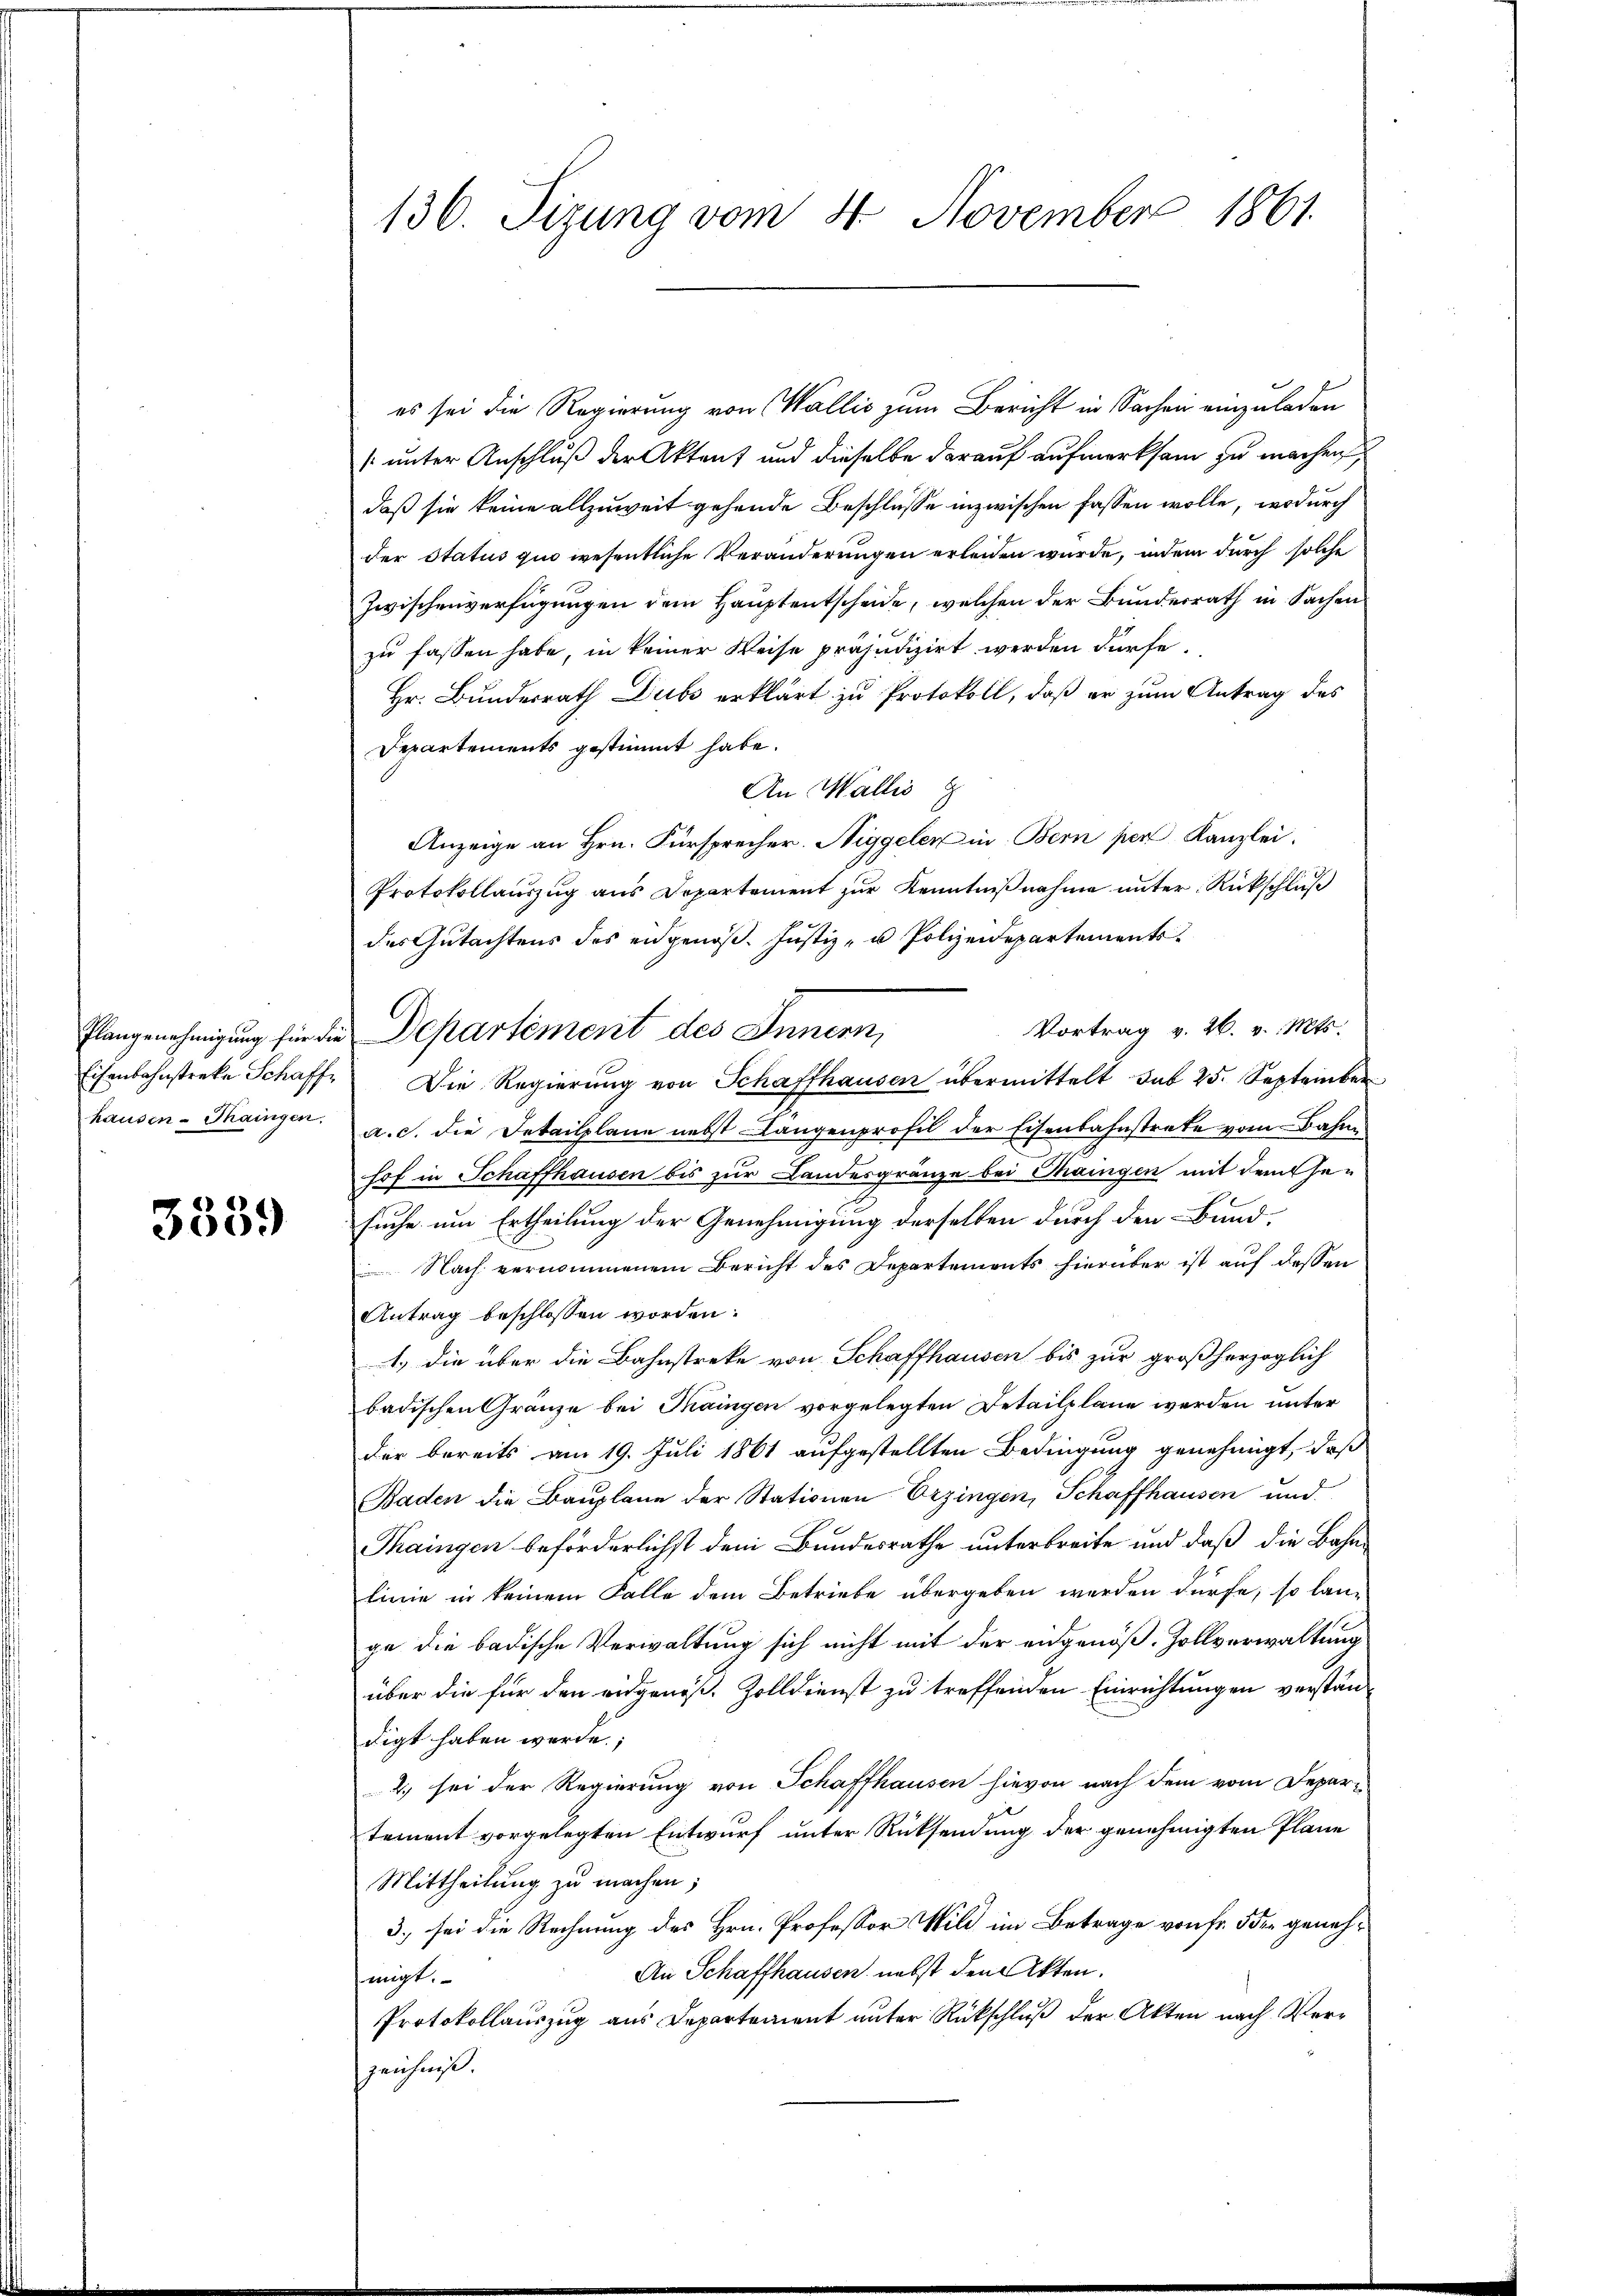
3339

136. Sizung vom 4 November 1861.

es sei die Regierung von Wallis zum Bericht in Sachen einzuladen
[unter Anschluß der Aktent und dieselbe darauf aufmerksam zu machen,
daß sie keine allzuweit gehende Beschlüsse inzwischen fassen wolle, wodurch
der Status quo wesentliche Veränderungen erleiden wurde, indem durch solche
Zwischenverfügungen dem Hauptentscheide, welchen der Bunderrath in Sachen
zu fassen habe, in keiner Weise präjudizirt werden dürfe.
Hr. Bundesrath Dubs erklärt zu Protokoll, daß er zum Antrag des
Departements gestimmt habe.
An Wallis g
Anzeige an Hrn. Fürsprecher. Niggeler in Bern per Kanzlei.
Protokollaŭszŭg ans Departement zŭr Kenntniβnahme unter Rückschlŭβ
des Gutachtens des eidgenöß. Justiz- u Polizeidepartements
Vortrag v. 26. v. Mts.
Eisenbahnstreke Schaff, Die Regierŭng von Schaffhausen übermittelt sub 25. September
hausen-Maingen. a. c. die Detailplane nebst Längenprofil der Eisenbahnstrate vom Bahne
hof in Schaffhausen bis zur Landesgränze bei Maingen mit dem Gesuche um Ertheilung der Genehmigung derselben durch den Bund¬
Nach vernommenem Bericht des Departements hierüber ist auf dessen
Antrag beschlossen worden:
1., die über die Bahnstreke von Schaffhausen bis zur großherzoglich
badischen Gränze bei Taingen vorgelegten Detailplane werden unter
der bereits am 19. Juli 1861 aufgestellten Bedingung genehmigt, daß
Baden die Bauplane der Stationen Erzingen, Schaffhausen und
Thaingen beförderlichst dem Bundesrathe unterbreite und daß die Bahnlinie in keinem Falle dem Betriebe übergeben werden dürfe, so lan-
ge die badische Verwaltung sich nicht mit der eidgenöß. Zollverwaltung
über die für den eidgenöß. Zolldienst zu treffenden Einrichtungen verstandigt haben werde;
2.) sei der Regierung von Schaffhausen hievon nach dem vom Departement vorgelegten Entwurf unter Rücksendung der genehmigten Pläne
Mittheilung zu machen;
3) sei die Rechnung des Hrn. Professor Wild im Betrage von Fr. 5 der geneh¬
An Schaffhausen, nebst den Akten.
hmigt.
Protokollauszug aus Departement unter Rückschluß der Akten nach Verspeichnis.

Flangenehmigung für die Departement des Innern,